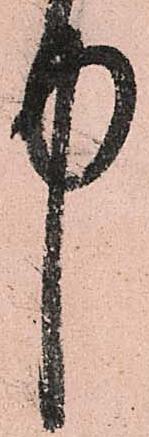
中